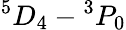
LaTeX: ^5D_{4}-{}^{3}P_{0}